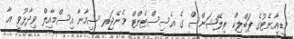
މީޑިއާނެޓުގެ ޕަބްލިކް ރިލޭޝަންސް ގެ އެސިސްޓެންޓް މެނޭޖަރ ސިމާނާ އިސްމާއިލް ވިދާޅުވީ އާ